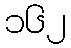
၁၆၂